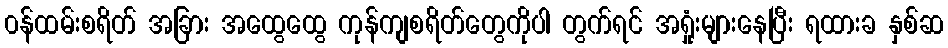
၀န်ထမ်းစရိတ် အခြား အထွေထွေ ကုန်ကျစရိတ်တွေကိုပါ တွက်ရင် အရှုံးများနေပြီး ရထားခ နှစ်ဆ